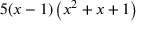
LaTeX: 5 ( x - 1 ) \left( x ^ { 2 } + x + 1 \right)